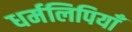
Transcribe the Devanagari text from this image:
धर्मलिपियाँ